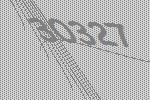
30327